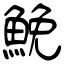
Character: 鮸